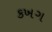
કખગ